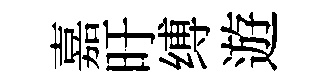
嘉旴缚遊